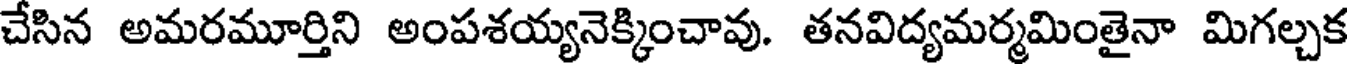
చేసిన అమరమూర్తిని అంపశయ్యనెక్కించావు. తనవిద్యమర్మమింతైనా మిగల్చక